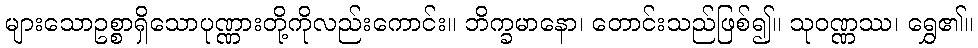
များသောဥစ္စာရှိသောပုဏ္ဏားတို့ကိုလည်းကောင်း။ ဘိက္ခမာနော၊ တောင်းသည်ဖြစ်၍။ သုဝဏ္ဏဿ၊ ရွှေ၏။